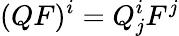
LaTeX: (QF)^{i}=Q_{j}^{i}F^{j}